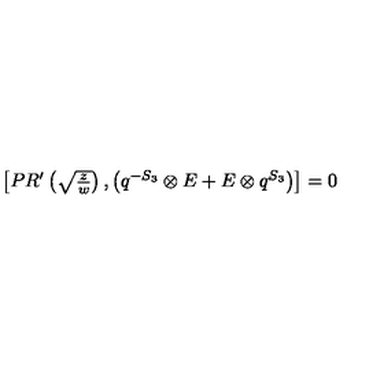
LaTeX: \begin{array} { c } { \left[ P R ^ { \prime } \left( \sqrt { \frac { z } { w } } \right) , \left( q ^ { - S _ { 3 } } \otimes E + E \otimes q ^ { S _ { 3 } } \right) \right] = 0 } \\ \end{array}